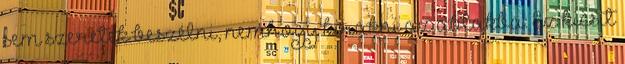
sem szeretek beszélni, nemhogy kirakni az ablakba. Ez kicsit